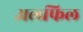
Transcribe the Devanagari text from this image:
अलफिल